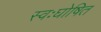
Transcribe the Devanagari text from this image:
स्वःघोषित